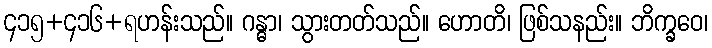
၄၁၅+၄၁၆+ရဟန်းသည်။ ဂန္ဓာ၊ သွားတတ်သည်။ ဟောတိ၊ ဖြစ်သနည်း။ ဘိက္ခဝေ၊